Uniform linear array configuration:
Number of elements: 16
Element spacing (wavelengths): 1
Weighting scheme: hamming
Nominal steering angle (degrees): -15
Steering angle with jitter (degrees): -15.759
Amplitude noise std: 0.05
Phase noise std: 0.05

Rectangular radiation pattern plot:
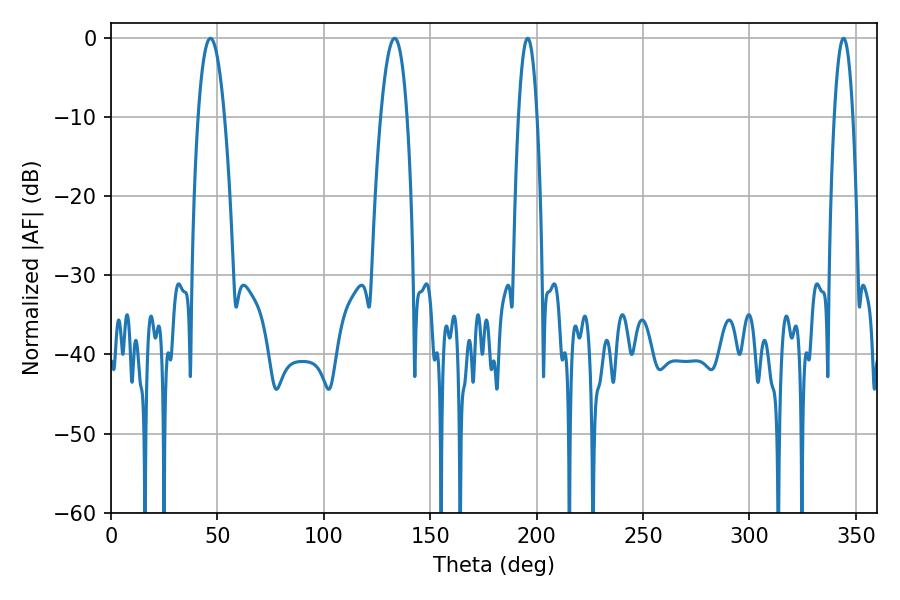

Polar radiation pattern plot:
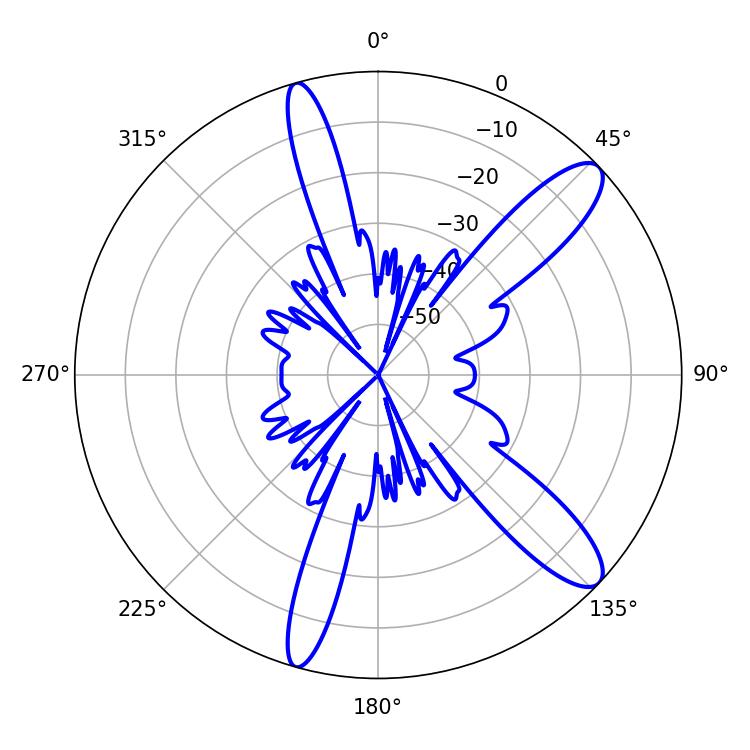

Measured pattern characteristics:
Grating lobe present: TRUE
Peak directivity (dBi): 11.606
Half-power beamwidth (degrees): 6.84
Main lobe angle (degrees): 46.8